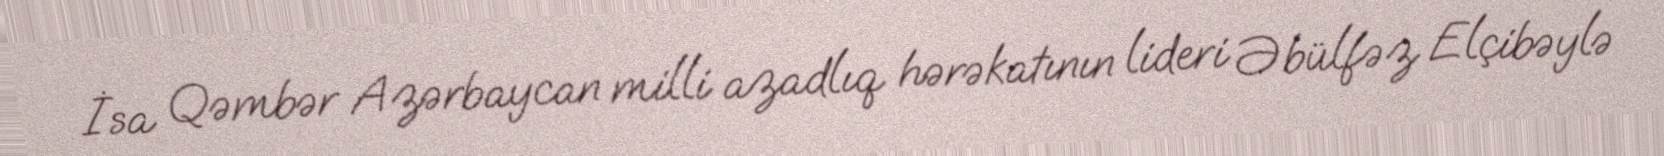
İsa Qəmbər Azərbaycan milli azadlıq hərəkatının lideri Əbülfəz Elçibəylə